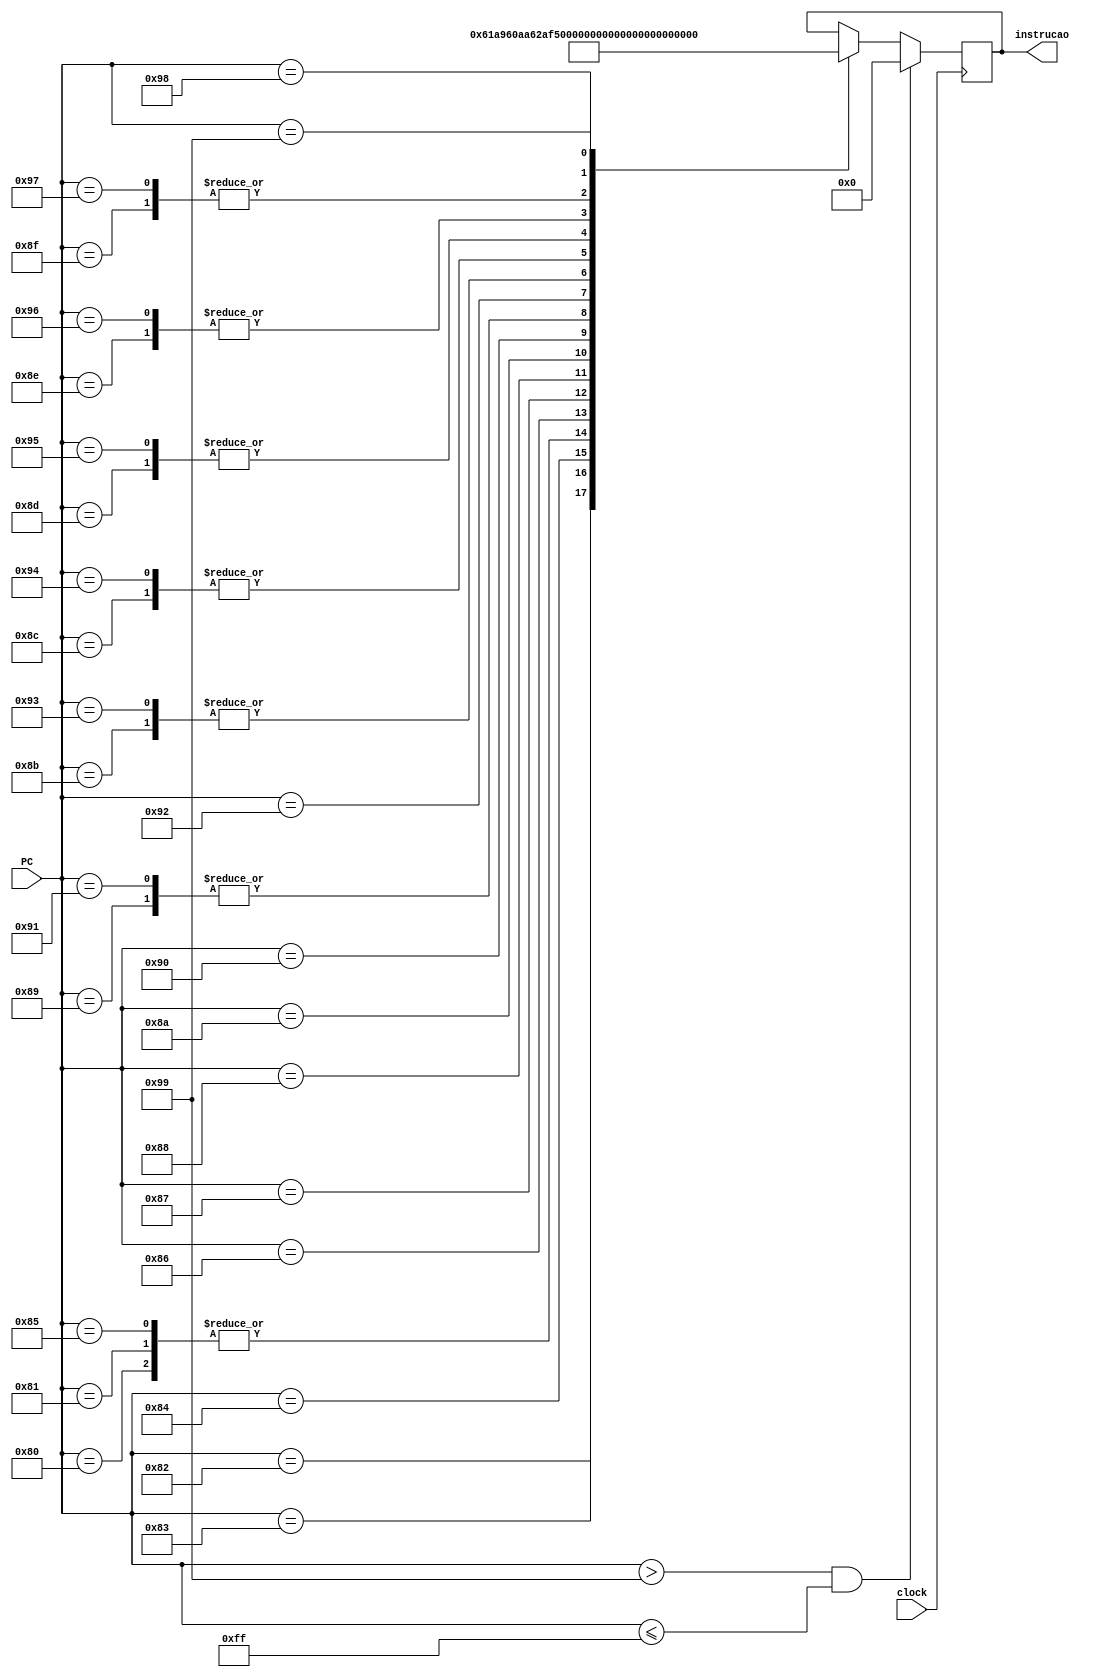
/*
	CEFET-MG
	Disciplina de Laboratrio de Arquitetura e Organizao de Computadores
	Data: 10/08/2021
	Aluno: Fernando Veizaga
	Matricula: 20203001902
*/

module mem_instr (PC, instrucao, clock);
	input [7:0] PC;
	input clock;
	
	output reg [7:0] instrucao;
	
	always @ (posedge clock)
	begin
		if((PC > 8'b10011001) && (PC <= 8'b11111111))
		begin
			instrucao <= 8'b00000000;
		end
		
		else begin
			case(PC)
				8'b10000000: begin instrucao <= 8'b10101010; end
				8'b10000001: begin instrucao <= 8'b10101010; end
				8'b10000010: begin instrucao <= 8'b01100001; end
				8'b10000011: begin instrucao <= 8'b10101001; end
				8'b10000100: begin instrucao <= 8'b01100000; end
				8'b10000101: begin instrucao <= 8'b10101010; end
				8'b10000110: begin instrucao <= 8'b01100010; end
				8'b10000111: begin instrucao <= 8'b10101111; end
				8'b10001000: begin instrucao <= 8'b01010000; end
				8'b10001001: begin instrucao <= 8'b00110110; end
				8'b10001010: begin instrucao <= 8'b00000101; end
				8'b10001011: begin instrucao <= 8'b10110001; end
				8'b10001100: begin instrucao <= 8'b00110011; end
				8'b10001101: begin instrucao <= 8'b00000001; end
				8'b10001110: begin instrucao <= 8'b11011000; end
				8'b10001111: begin instrucao <= 8'b11000111; end
				8'b10010000: begin instrucao <= 8'b10110101; end
				8'b10010001: begin instrucao <= 8'b00110110; end
				8'b10010010: begin instrucao <= 8'b00000110; end
				8'b10010011: begin instrucao <= 8'b10110001; end
				8'b10010100: begin instrucao <= 8'b00110011; end
				8'b10010101: begin instrucao <= 8'b00000001; end
				8'b10010110: begin instrucao <= 8'b11011000; end
				8'b10010111: begin instrucao <= 8'b11000111; end
				8'b10011000: begin instrucao <= 8'b11100000; end
				8'b10011001: begin instrucao <= 8'b11001000; end
			endcase
			
		end
	end
endmodule

module test_meminstr;
	reg [7:0] pc;
	reg clk;
	
	wire [7:0] instr;
	
	always begin
		clk = 0;
		#1 clk = 1;
		#1 clk = 0;
	end
	
	integer i;
	initial begin
		pc = 128;
		for(i = 1; i < 128; i = i+1)
		begin
			#2 pc = pc + 1;
		end
	end
	
	initial begin
 		$monitor("Time=%0d pc=%b clk=%b instr=%b",$time, pc, clk, instr);
 	end
	
	mem_instr mod1(pc, instr, clk);

endmodule